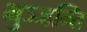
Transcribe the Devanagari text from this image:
भुञ्जन्ति